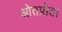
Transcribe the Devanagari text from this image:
ओतप्रोत।